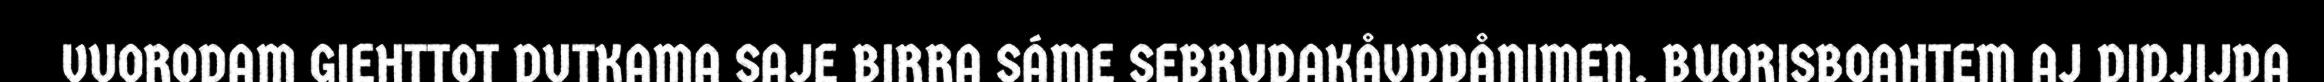
VUORODAM GIEHTTOT DUTKAMA SAJE BIRRA SÁME SEBRUDAKÅVDDÅNIMEN. BUORISBOAHTEM AJ DIDJIJDA